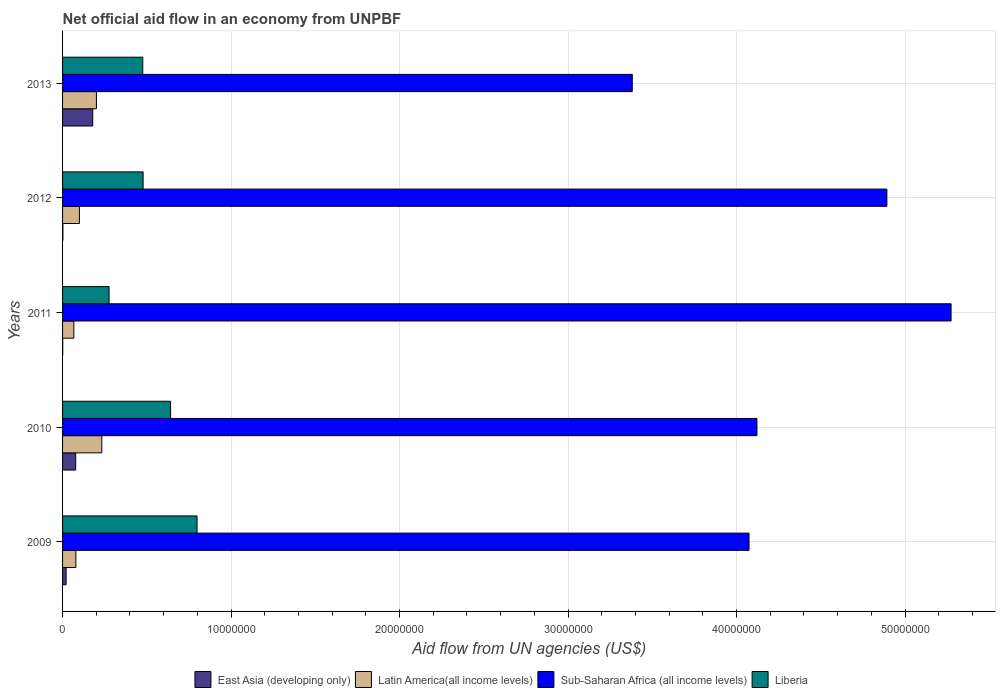
| Years | East Asia (developing only) | Latin America(all income levels) | Sub-Saharan Africa (all income levels) | Liberia |
 | --- | --- | --- | --- | --- |
 | 2009 | 2.1e+05 | 7.9e+05 | 4.07e+07 | 7.98e+06 |
 | 2010 | 7.8e+05 | 2.33e+06 | 4.12e+07 | 6.41e+06 |
 | 2011 | 1e+04 | 6.7e+05 | 5.27e+07 | 2.76e+06 |
 | 2012 | 2e+04 | 1e+06 | 4.89e+07 | 4.78e+06 |
 | 2013 | 1.79e+06 | 2.01e+06 | 3.38e+07 | 4.76e+06 |